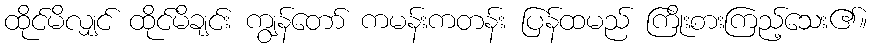
ထိုင်မိလျှင် ထိုင်မိချင်း ကျွန်တော် ကမန်းကတန်း ပြန်ထမည် ကြိုးစားကြည့်သေး၏။